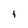
Character: t